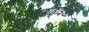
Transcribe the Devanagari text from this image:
ऐल्डीहाइडों